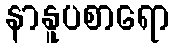
နာနူပစာရော